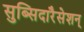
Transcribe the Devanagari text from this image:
सुब्सिदारैसेशन्